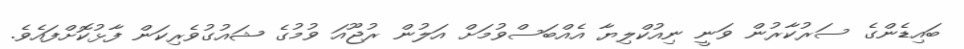
ބައިޑެންގެ ސަރުކާރުން ވަނީ ނިއުކްލިޔާ އެއްބަސްވުމަށް އަލުން ރުޖޫއަ ވުމުގެ ޝައުގުވެރިކަން ފާޅުކޮށްފައެވެ.